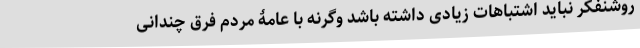
روشنفکر نباید اشتباهات زیادی داشته باشد وگرنه با عامۀ مردم فرق چندانی